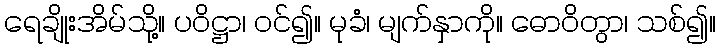
ရေချိုးအိမ်သို့။ ပဝိဋ္ဌာ၊ ဝင်၍။ မုခံ၊ မျက်နှာကို။ ဓောဝိတွာ၊ သစ်၍။